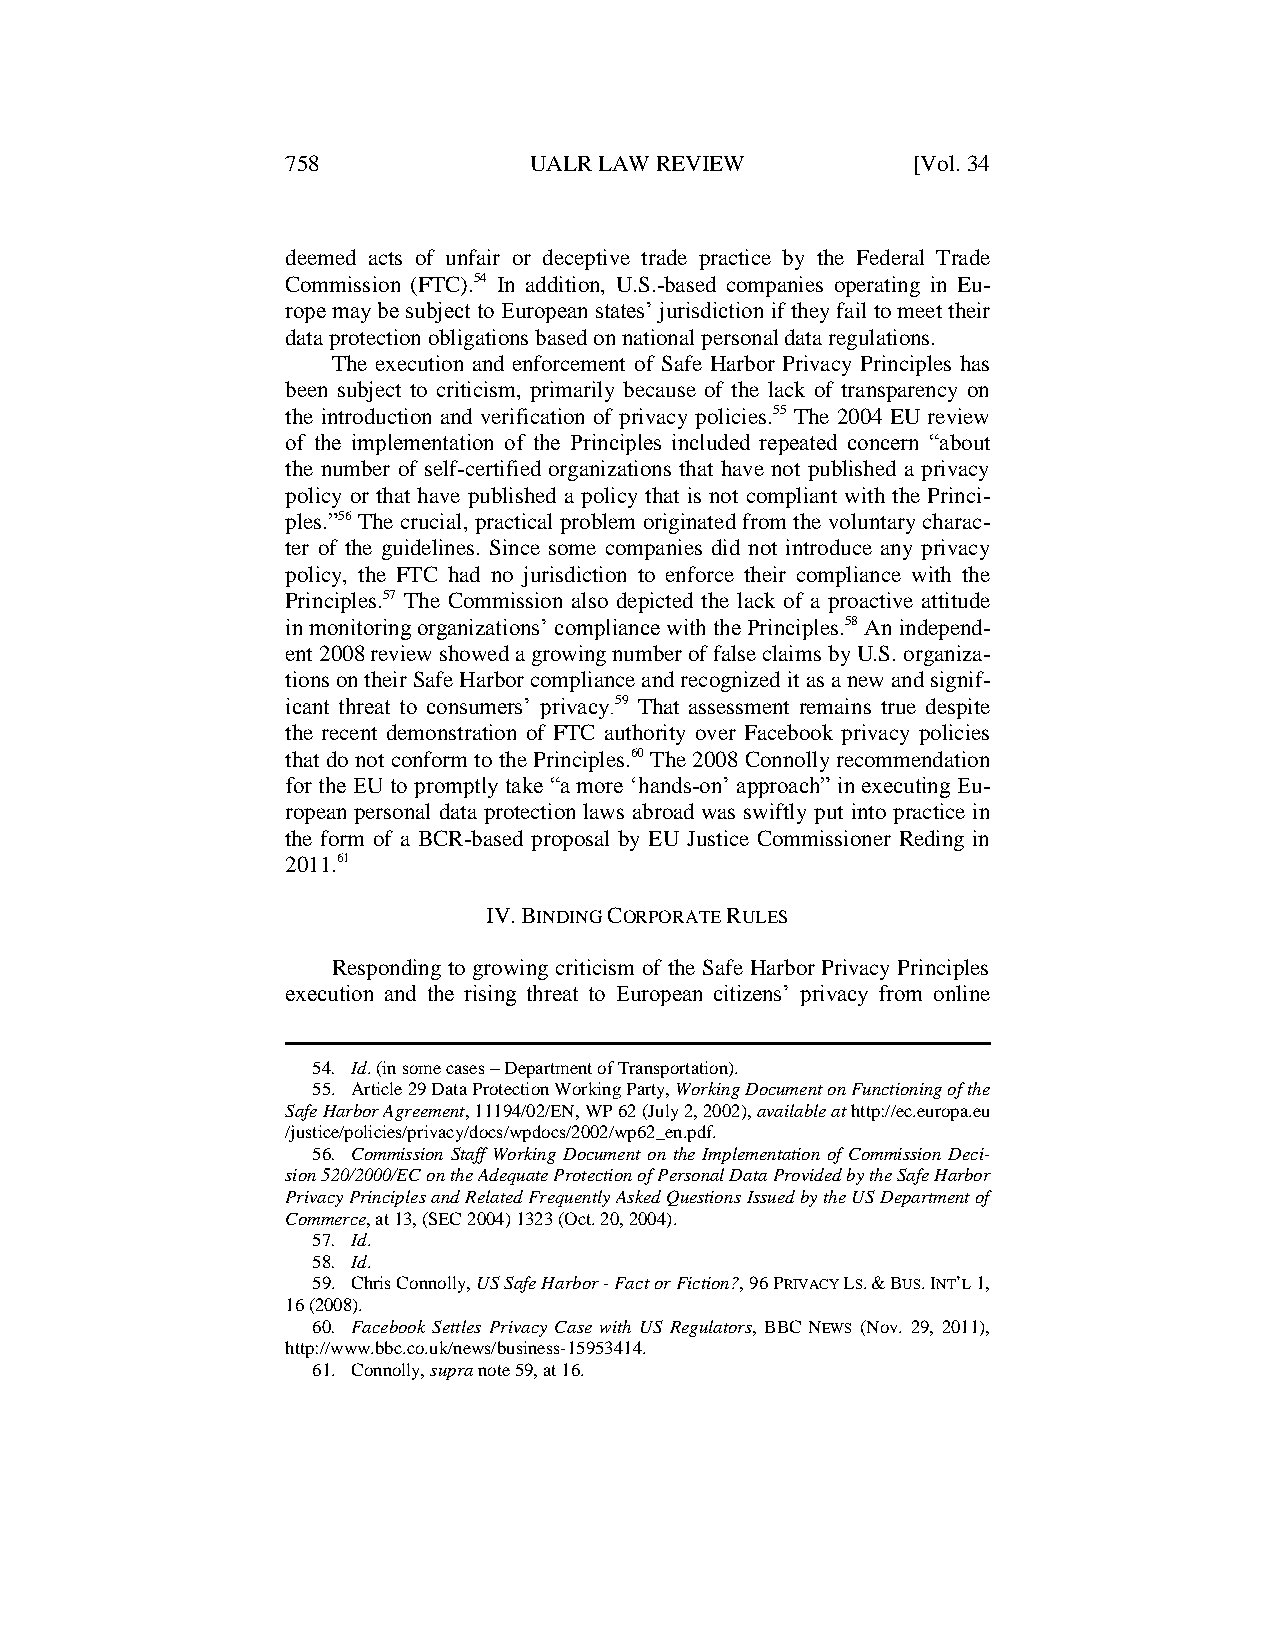
758             UALR LAW REVIEW          [Vol. 34
 deemed acts of unfair or deceptive trade practice by the Federal Trade
 Commission (FTC).54 In addition, U.S.-based companies operating in Eu-
 rope may be subject to European states’ jurisdiction if they fail to meet their
 data protection obligations based on national personal data regulations.
 The execution and enforcement of Safe Harbor Privacy Principles has
 been subject to criticism, primarily because of the lack of transparency on
 the introduction and verification of privacy policies.55 The 2004 EU review
 of the implementation of the Principles included repeated concern “about
 the number of self-certified organizations that have not published a privacy
 policy or that have published a policy that is not compliant with the Princi-
 ples.”56 The crucial, practical problem originated from the voluntary charac-
 ter of the guidelines. Since some companies did not introduce any privacy
 policy, the FTC had no jurisdiction to enforce their compliance with the
 Principles.57 The Commission also depicted the lack of a proactive attitude
 in monitoring organizations’ compliance with the Principles.58 An independ-
 ent 2008 review showed a growing number of false claims by U.S. organiza-
 tions on their Safe Harbor compliance and recognized it as a new and signif-
 icant threat to consumers’ privacy.59 That assessment remains true despite
 the recent demonstration of FTC authority over Facebook privacy policies
 that do not conform to the Principles.60 The 2008 Connolly recommendation
 for the EU to promptly take “a more ‘hands-on’ approach” in executing Eu-
 ropean personal data protection laws abroad was swiftly put into practice in
 the form of a BCR-based proposal by EU Justice Commissioner Reding in
 2011.61
 IV. BINDING CORPORATE RULES
 Responding to growing criticism of the Safe Harbor Privacy Principles
 execution and the rising threat to European citizens’ privacy from online
 54. Id. (in some cases – Department of Transportation).
 55. Article 29 Data Protection Working Party, Working Document on Functioning of the
 Safe Harbor Agreement, 11194/02/EN, WP 62 (July 2, 2002), available at http://ec.europa.eu
 /justice/policies/privacy/docs/wpdocs/2002/wp62_en.pdf.
 56. Commission Staff Working Document on the Implementation of Commission Deci-
 sion 520/2000/EC on the Adequate Protection of Personal Data Provided by the Safe Harbor
 Privacy Principles and Related Frequently Asked Questions Issued by the US Department of
 Commerce, at 13, (SEC 2004) 1323 (Oct. 20, 2004).
 57. Id.
 58. Id.
 59. Chris Connolly, US Safe Harbor - Fact or Fiction?, 96 PRIVACY LS. & BUS. INT’L 1,
 16 (2008).
 60. Facebook Settles Privacy Case with US Regulators, BBC NEWS (Nov. 29, 2011),
 http://www.bbc.co.uk/news/business-15953414.
 61. Connolly, supra note 59, at 16.